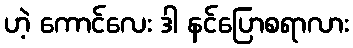
ဟဲ့ ကောင်လေး ဒါ နင်ပြောစရာလား